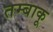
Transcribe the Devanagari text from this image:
तम्‍बाकू